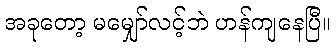
အခုတော့ မမျှော်လင့်ဘဲ ဟန်ကျနေပြီ။